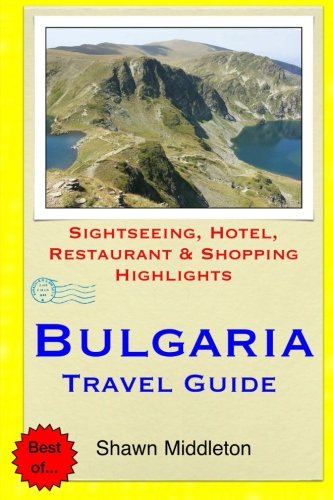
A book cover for Bulgaria Travel Guide: Sightseeing, Hotel, Restaurant & Shopping Highlights; Shawn Middleton; Travel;